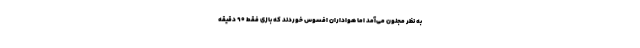
به نظر مجنون می‌آمد اما هواداران افسوس خوردند که بازی فقط 90 دقیقه